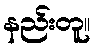
နည်းတူ။